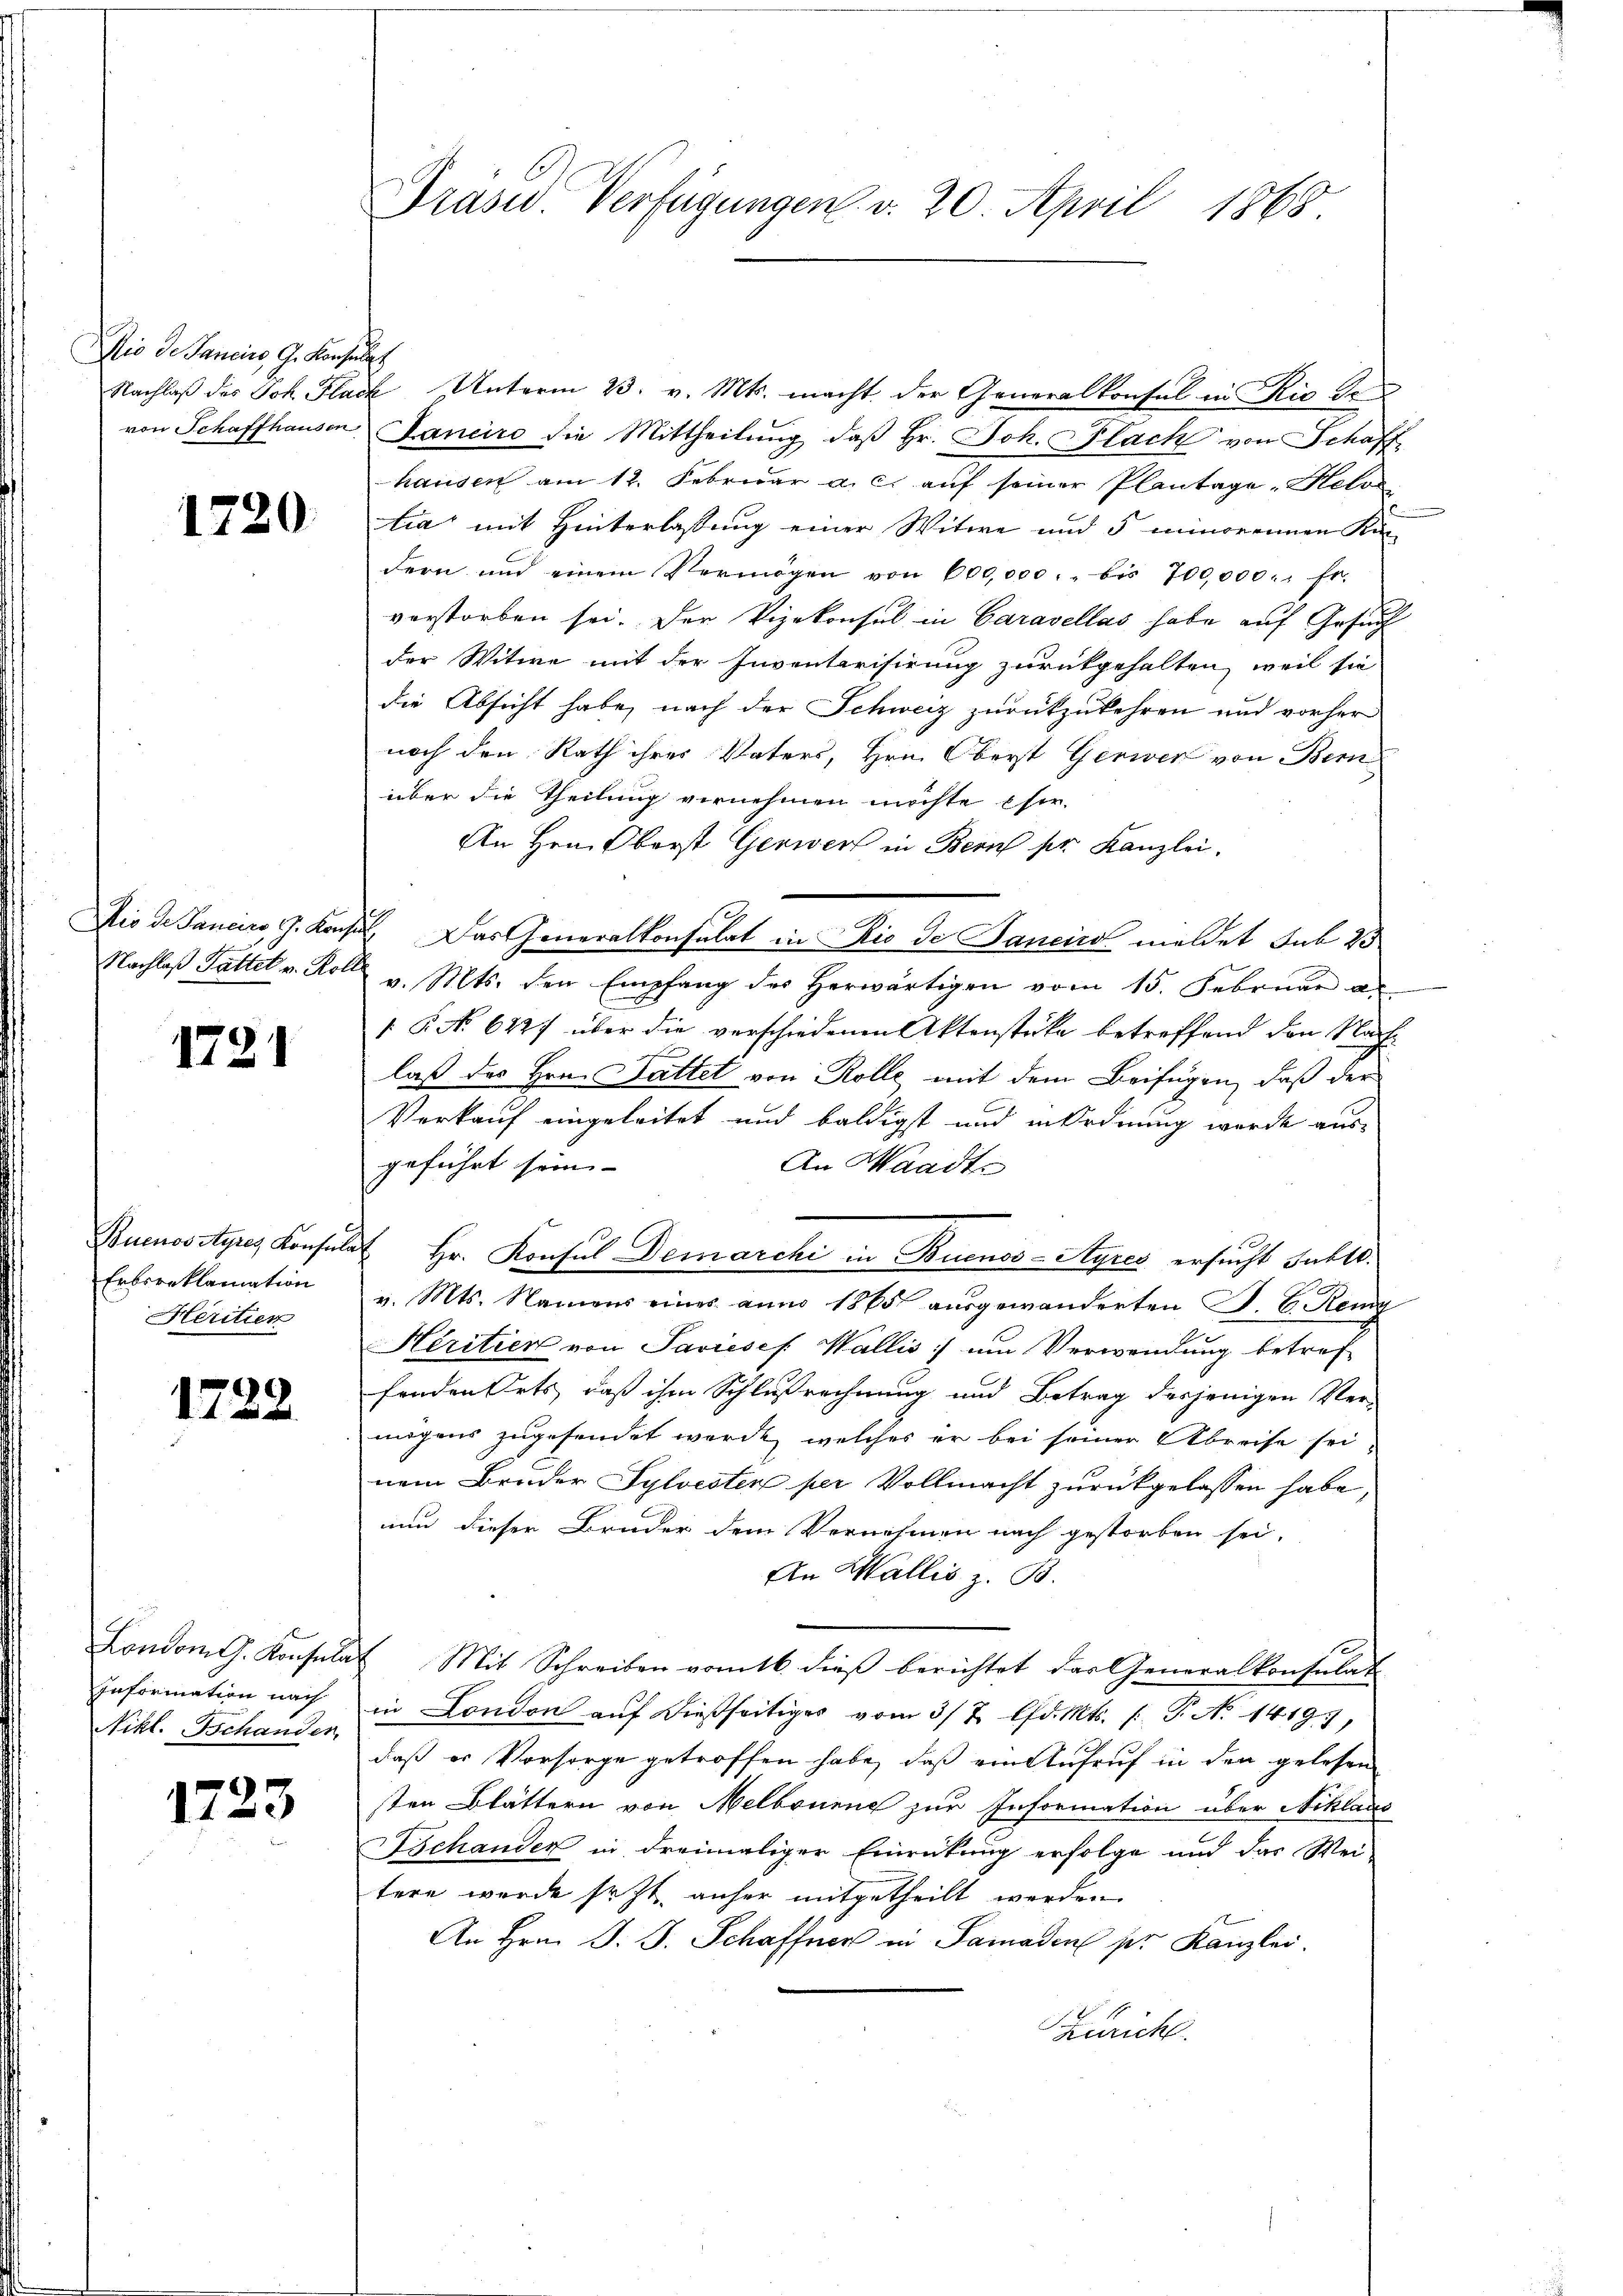
Wie de Janeiro G. Konsula
von Schaffhausen

1720.

1721

Buenos Ayres Konsula
Erbsreklamation
Heritier

1728

Information nach
Nikl. Schander

1723

Dräsid. Verfügungen v. 20. April 1868

Nachlaβ des Joh. Flach Unterm 23. v. Mts. macht der Generalkonsul in Rio de
Janeiro die Mittheilŭng, daβ hr. Joh. Flach von Schaff
hausen am 12. Februar a. c. auf seiner Plantage „Helos
tia mit Hinterlassung einer Witwe und 5 minorennen Kin-
dern und einem Vermögen von 600,000. bis 700,000. fr.
verstorben sei. Der Vizekonsul in Caravellas habe auf Gesuch
der Witwe mit der Inventarisirung zurückgehalten, weil sie
die Absicht habe, nach der Schweiz zurückzukehren und vorher
noch den Rath ihres Vaters, Hrn. Oberst Gerwer von Bem
über die Theilung vernehmen möchte Eher
An Hrn. Oberst Gerwert in Bern der Kanzlei,
Dio de Janeiro J. Konsil. Das Generalkonsulat in Rio de Janeiro meldet sub 23
Nachlaß Gattet v. Roll v. Mts. den Empfang des herwärtigen vom 15. Februar a.
 P. No 642. über die verschiedenen Aktenstüke betreffend den Nachlaß des Hrn. Fattet von Rolle mit dem Beifügen, daß der
Verkauf eingeleitet und baldigst und in Ordnung werde aus-
geführt sein.
An Waadt
 Hr. Konsul Demarchi in Buenos-Ayres ersucht fühlt.
v. Mts. Namens eines anno 1865 ausgewanderten J. C. Remy
Héritien von Savieses Wallis um Verwendung betref
fenden Orts, daß ihm Schlußrechnung und Betrag desjenigen Ver-
mögens zugesendet werde, welches er bei seiner Abreise sei,
nem Bruder Sylvesten per Vollmacht zurückgelassen habe,
nun dieser Bruder dem Vernehmen nach gestorben sei,
An Wallis z. B.
London G. Konsulat Mit Schreiben vom 16. dieβ berichtet das Generalkonsulat
in London auf dießseitiges vom 3/7. d. Mts. (T. No 14197,
daß er Vorsorge getroffen habe, daß ein Aufruf in den gelesen
sten Blättern von Melbrunne zur Information über Niklaus
ychanden in dreimaliger Einrückung erfolge und das Wei-
tere wurde sezt anher mitgetheilt werden.
An Hrn. J. J. Schaffner in Samaden per Kanzlei.
Zürich.